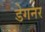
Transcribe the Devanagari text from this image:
डेगनर